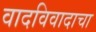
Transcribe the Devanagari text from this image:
वादविवादाचा